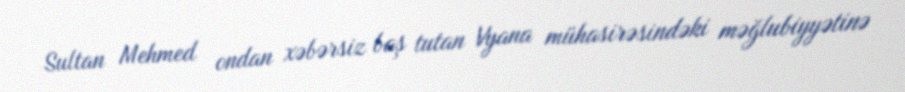
Sultan Mehmed ondan xəbərsiz baş tutan Vyana mühasirəsindəki məğlubiyyətinə